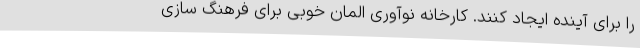
را برای آینده ایجاد کنند. کارخانه نوآوری المان خوبی برای فرهنگ سازی